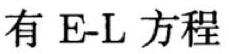
有 E-L 方程